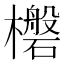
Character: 𮲼